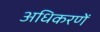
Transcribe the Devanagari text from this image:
अधिकरणें